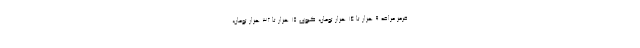
قرمز مراغه ۹ هزار تا ۱۴ هزار تومان، کیوی ۱۵ هزار تا ۳۲ هزار تومان،